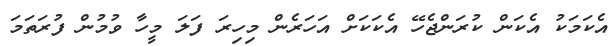
އެކަމަކު އެކަން ކުރަންޖެހޭ އެކަކަށް އަހަރެން މިހިރަ ފަލަ މީހާ ވުމުން ފުރަތަމަ